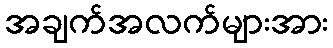
အချက်အလက်များအား